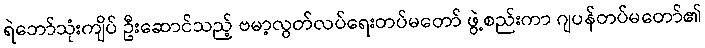
ရဲဘော်သုံးကျိပ် ဦးဆောင်သည့် ဗမာ့လွတ်လပ်ရေးတပ်မတော် ဖွဲ့စည်းကာ ဂျပန်တပ်မတော်၏